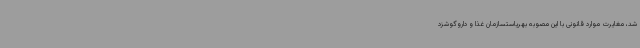
شد، مغایرت موارد قانونی با این مصوبه بهریاستسازمان غذا و داروگوشزد